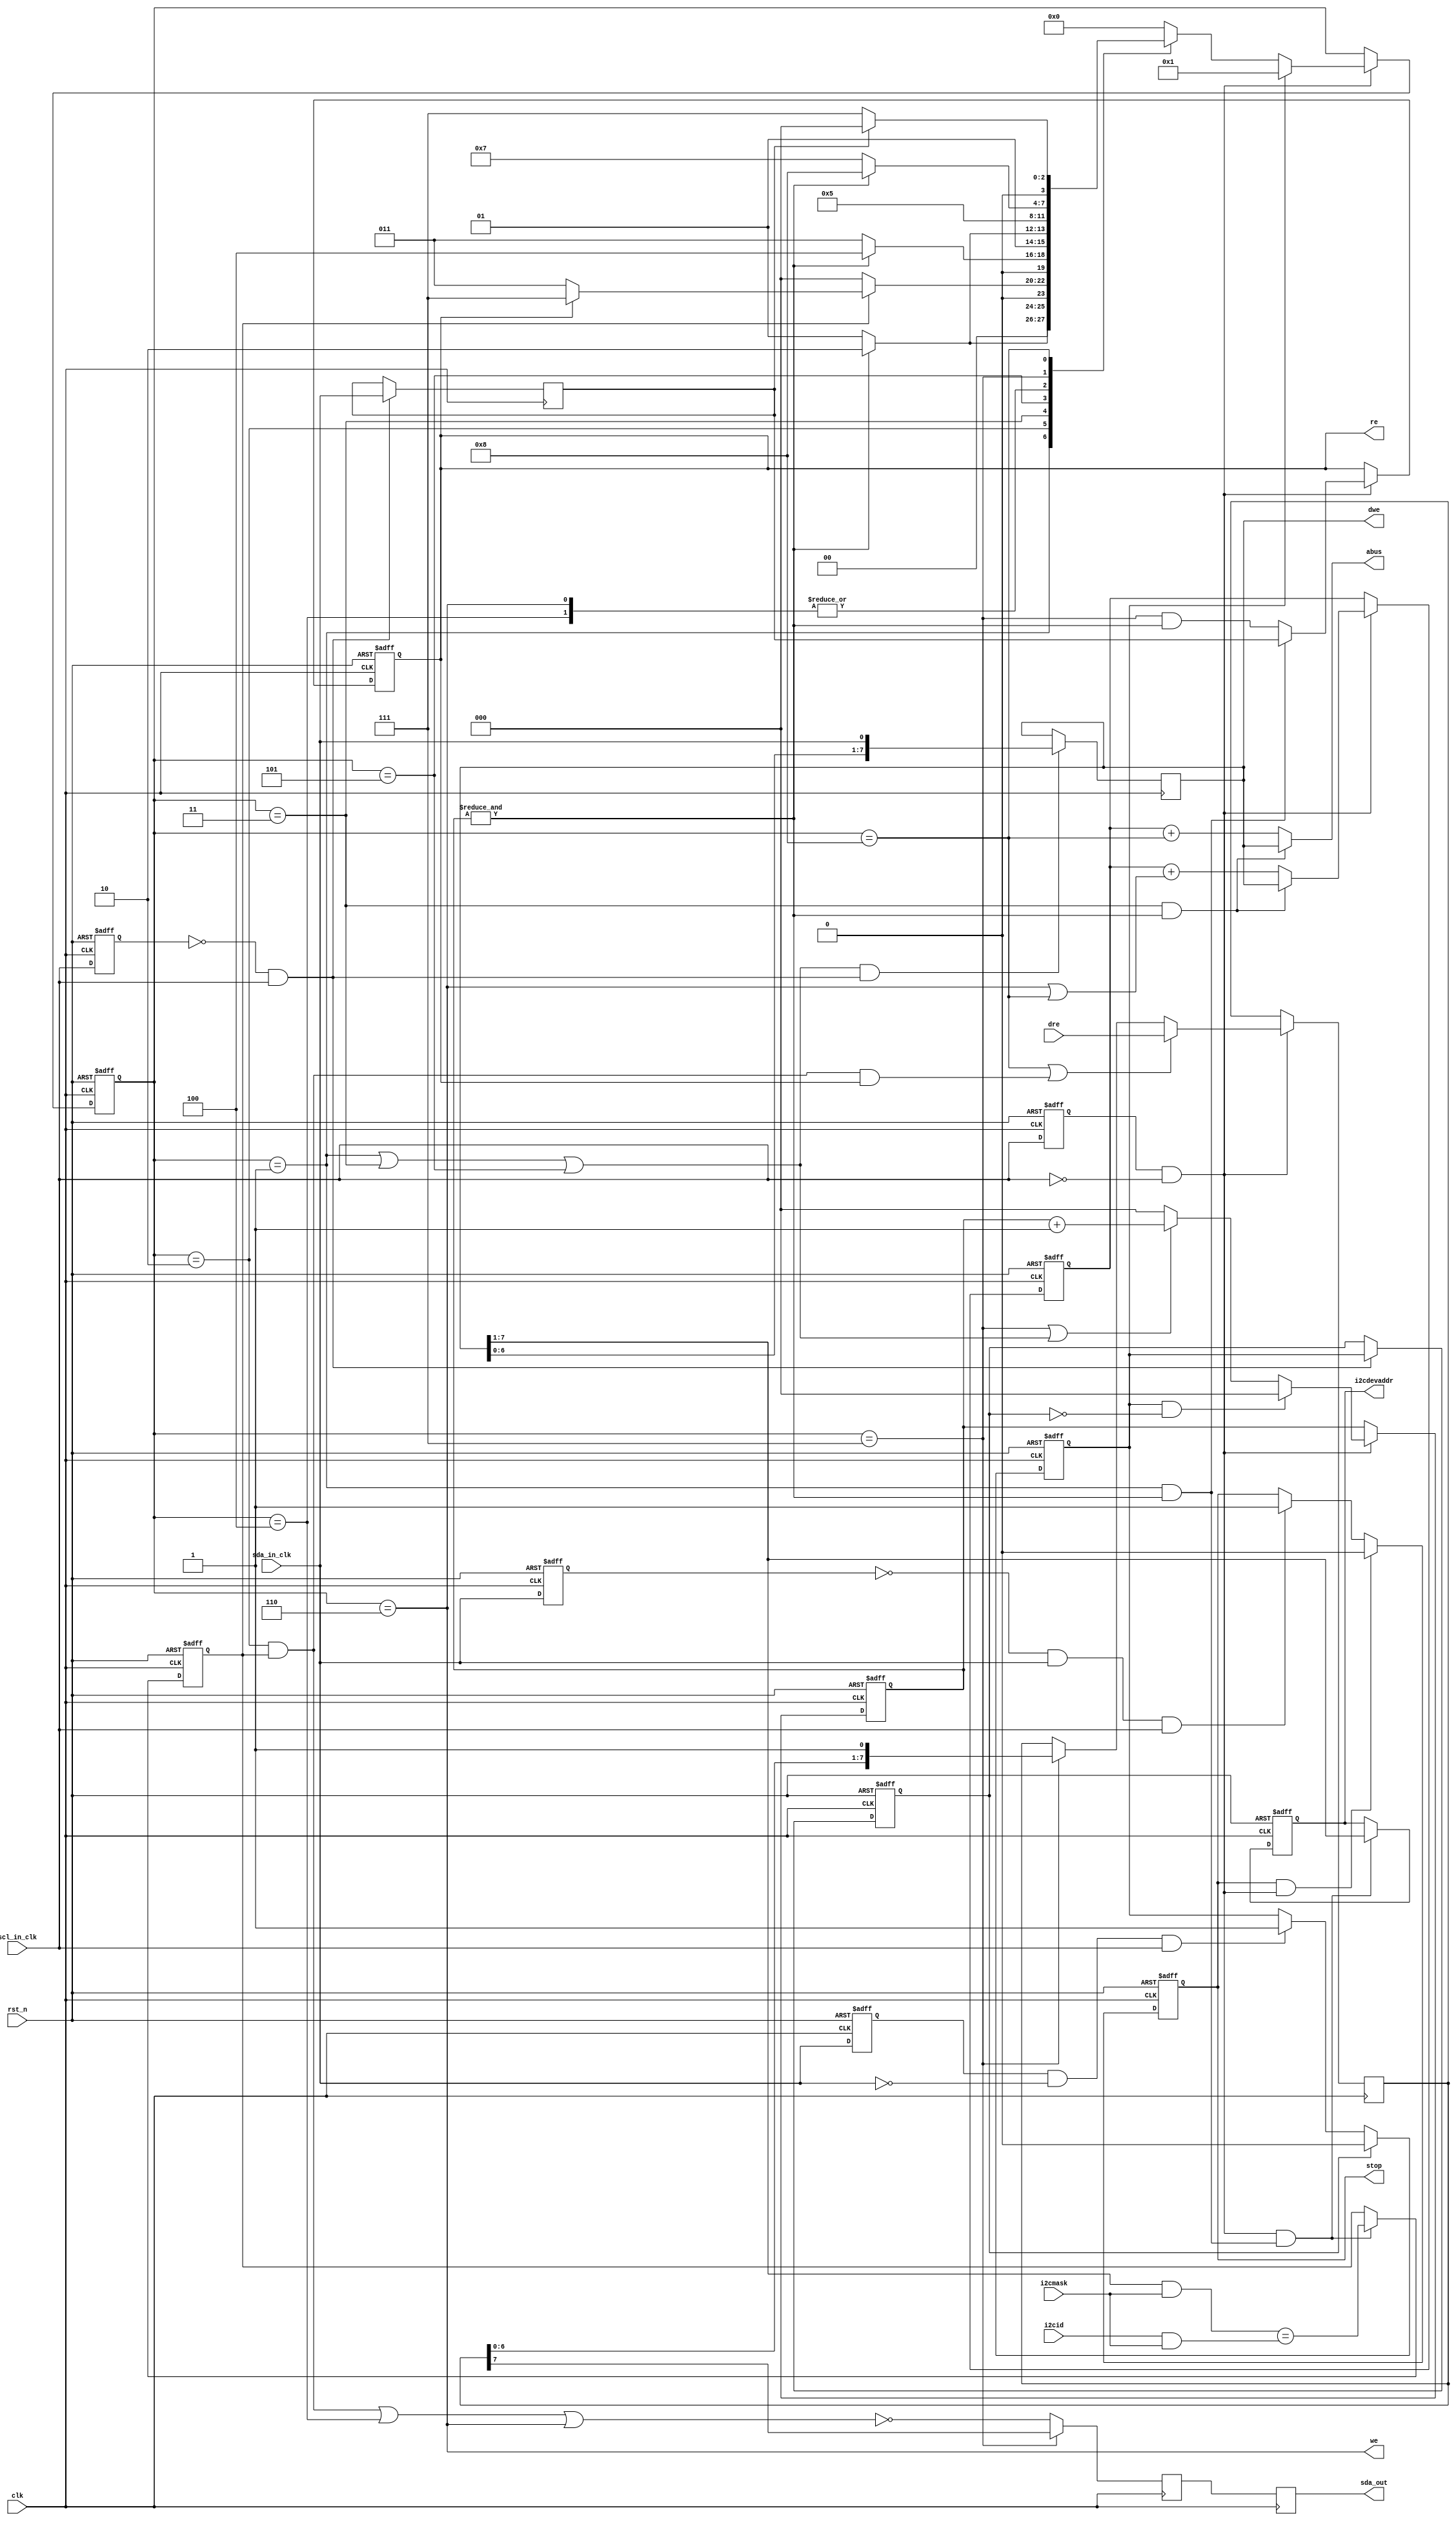
//========================================================================
// Project : Superman (InstaView - Fast Switching)
//                                                                        
// Document: DDC slave FSM to access HDCP registers
//           Slave address is fixed to 0x74 per HDCP spec
// Language: Verilog                                                      
//========================================================================
// History :                                                              
//
// Mar. 12, 2008 - Started from the one used in MIPI emulation
//                 Below is the history
//------------------------------------------------------------------------
// July  1, 2005 - FPGA emulation discovered one bug in the consecutive read/
//                 write of I2C registers. Simulation verifed one bug in abus 
//                 update part.
//                 Original: assign abus = sldaddrl ? rsr : addr;
//                 Fixed   : assign abus = sldaddrl ? rsr : addr + (sst == STACKD);
// June  2, 2005 - Started from the si2c_fsm.v designed for the sTx(Digimon)
//                 project. Below is the history of the original design.
//------------------------------------------------------------------------
// Feb. 25, 2003 - Started from the i2c_slave.v used for 1162.             
//========================================================================
// Note    :
//========================================================================

`timescale 1 ns / 100 ps
 
module lsc_i2cs_fsm(
    clk,        // input
    rst_n,      // input
    sda_in_clk, // input
    scl_in_clk, // input
    i2cid,      // input (7)
    i2cmask,    // input (7)
    i2cdevaddr, // output (7)
    dre,        // input  ( 8)
    sda_out  /* synthesis syn_useioff = 0 */ ,    // output
    we,         // output
    re,         // output
    stop,       // output
    dwe,        // output ( 8)
    abus        // output ( 8)
);
    //========================================================================
    // Ports
    //========================================================================
    input          clk;        // Oscillator clock
    input          rst_n;      // Gloabl reset synchronized to ock
    input          sda_in_clk; // SDA from a master synchronized to ock(clk)
    input          scl_in_clk; // SCL from a master synchronized to ock(clk)
    input  [6 : 0] i2cid;
    input  [6 : 0] i2cmask;
    output [6 : 0] i2cdevaddr;
    input  [7 : 0] dre;        // Data bus from RF
    output         sda_out;    // SDA to a master. This should be 1 when not driving.
    output         we;         // Write strobe to RF
    output         re;         // Read  strobe to RF
    output         stop;       // stop
    output [7 : 0] dwe;        // Data bus to RF
    output [7 : 0] abus;       // Addr bus to RF

    //========================================================================
    // Internal signals
    //========================================================================
    reg          sda_out   /* synthesis syn_useioff = 0 */ ;
    reg  [6 : 0] i2cdevaddr;
    reg          sda_in_nd, sda_in_pd;
    reg          bitclk_nd, bitclk_pd;
    wire         ne_sda_in, pe_sda_in;
    wire         ne_bitclk, pe_bitclk;
    reg  [2 : 0] bitcnt;
    wire         stxing, srxing;
    reg          start_s, stop_s;
    reg          start_sd;
    wire         cnt8;
    reg  [3 : 0] sst, nsst;
    wire         checkaddr, sldaddrl, ssda_en;
    wire         srd_reg, we;
    reg          addrmatch;
    reg          re;
    reg  [7 : 0] addr;
    reg          sda_out_pd;
    reg  [7 : 0] tsr;
    reg          sda_in_d;
    wire         re_en;
    wire         reload;
    wire         scl_in_clk, sda_in_clk;
    reg  [7 : 0] rsr;
    wire         inc;

    //========================================================================
    // Parameters
    //========================================================================
    parameter CHIPID = 4'b0111; // MS 4 bits of device address (0x7.)

    // FSM states
    //
    parameter SIDLE  = 4'b0000,
	      SADR   = 4'b0001, 
	      SACK   = 4'b0010,
	      SOFSL  = 4'b0011,
	      SACKL  = 4'b0100,
	      SRDATA = 4'b0101,
	      SRACKD = 4'b0110, 
	      STDATA = 4'b0111, 
	      STACKD = 4'b1000;

    //========================================================================
    // Slave address
    // - 0x74 (HDCP primary slave address)
    //========================================================================
   // assign i2cid = {CHIPID, 3'b010};

    //========================================================================
    // Edge generation logic                                                  
    //========================================================================
    always @(posedge clk or negedge rst_n)
        if(!rst_n) begin
	    sda_in_nd <= #0.1 1'b0;
	    sda_in_pd <= #0.1 1'b1;
	    bitclk_nd <= #0.1 1'b0;   
	    bitclk_pd <= #0.1 1'b1;
	end else begin
	    sda_in_nd <= #0.1 sda_in_clk;
	    sda_in_pd <= #0.1 sda_in_clk;
	    bitclk_nd <= #0.1 scl_in_clk; 
	    bitclk_pd <= #0.1 scl_in_clk;
	end

    assign ne_sda_in =  sda_in_nd & ~sda_in_clk;
    assign pe_sda_in = ~sda_in_pd &  sda_in_clk;
    assign ne_bitclk =  bitclk_nd & ~scl_in_clk;
    assign pe_bitclk = ~bitclk_pd &  scl_in_clk;

    //========================================================================
    // Bit counter
    //========================================================================
    always @(posedge clk or negedge rst_n)
	if     (!rst_n   ) bitcnt <= #0.1 3'b0;
	else if(ne_bitclk) bitcnt <= #0.1 start_s && !start_sd ? 3'b0          :
	                                  stxing  || srxing    ? bitcnt + 1'b1 : 
					                         3'b0;
    assign cnt8 = &bitcnt;

    //========================================================================
    // Start detection
    //========================================================================
    always @(posedge clk or negedge rst_n)
	if     (!rst_n                 ) start_s <= #0.1 1'b0;
	else if(start_sd               ) start_s <= #0.1 1'b0;
	else if(ne_sda_in && scl_in_clk) start_s <= #0.1 1'b1;

    always @(posedge clk or negedge rst_n)
	if     (!rst_n   ) start_sd <= #0.1 1'b0;
	else if(pe_bitclk) start_sd <= #0.1 start_s;

    //========================================================================
    // Stop detection
    //========================================================================
    always @(posedge clk or negedge rst_n)
	if     (!rst_n                 ) stop_s <= #0.1 1'b0;
	else if(stop_s && ne_bitclk    ) stop_s <= #0.1 1'b0;
	else if(pe_sda_in && scl_in_clk) stop_s <= #0.1 1'b1;
    assign stop = stop_s;

    //========================================================================
    //========================================================================
    // Main FSM
    //========================================================================
    //========================================================================

    //========================================================================
    // State change
    //========================================================================
    always @(posedge clk or negedge rst_n)
	if     (!rst_n   ) sst <= #0.1 SIDLE;
	else if(ne_bitclk) sst <= #0.1 start_s ? SADR : nsst;

    always @(sst or cnt8 or addrmatch or re or sda_in_d)
	case(sst)
        SADR   : nsst = cnt8      ? SACK                  : SADR;
        SACK   : nsst = addrmatch ? (re ? STDATA : SOFSL) : SIDLE;
        SOFSL  : nsst = cnt8      ? SACKL                 : SOFSL;
        SACKL  : nsst = SRDATA;
        SRDATA : nsst = cnt8      ? SRACKD                : SRDATA;
        SRACKD : nsst = SRDATA;
                 // Get next data until being stopped and then
                 // stay here since SCL does not change.     
        STDATA : nsst = cnt8      ? STACKD                : STDATA;
	STACKD : nsst = !sda_in_d ? STDATA                : SIDLE;
		 // Send next data until being stopped or NACK from master.
	default: nsst = SIDLE; // SIDLE case
	endcase

    //========================================================================
    // Output generation                                                      
    //========================================================================
    assign checkaddr = sst == SADR   && cnt8;
    assign sldaddrl  = sst == SOFSL  && cnt8;
    assign stxing    = sst == STDATA;
    assign srxing    = sst == SADR   || sst == SOFSL || sst == SRDATA;
    assign srd_reg   = sst == STACKD;
    assign reload    = sst == SACK   && addrmatch && re;
    assign re_en     = sst == STDATA && cnt8;
    assign we        = sst == SRACKD;
    assign ssda_en   = ~(sst == SACK && addrmatch || sst == SACKL || sst == SRACKD);

    //========================================================================
    // Incoming I2C data                                                      
    //========================================================================
    always @(posedge clk)
	if(srxing && pe_bitclk) rsr <= #0.1 {rsr[6 : 0], sda_in_clk};

    //========================================================================
    // SDA latch @ posedge                                                    
    //========================================================================
    always @(posedge clk)
	if(pe_bitclk) sda_in_d <= #0.1 sda_in_clk;

    //========================================================================
    // re: 1 - red, 0 - write
    //========================================================================
    always @(posedge clk or negedge rst_n)
	if     (!rst_n   ) re <= #0.1 1'b0;
	else if(ne_bitclk) re <= #0.1 checkaddr ? sda_in_d : re_en;
           
    //========================================================================
    // Addrmatch computation 
    //========================================================================
    always @(posedge clk or negedge rst_n)
	if     (!rst_n                ) addrmatch <= #0.1 1'b0;
	else if(ne_bitclk && checkaddr) addrmatch <= #0.1 (rsr[7 : 1] & i2cmask) == (i2cid & i2cmask);

    always @(posedge clk or negedge rst_n)
	if     (!rst_n                ) i2cdevaddr <= 7'b0;
	else if(ne_bitclk && checkaddr) i2cdevaddr <= rsr[7 : 1];

    //========================================================================
    // Addr bus and data bus
    //========================================================================
    assign inc = sst == SRACKD || sst == STACKD;

    always @(posedge clk or negedge rst_n)
	if     (!rst_n             ) addr <= #0.1 8'h00;
        else if(ne_bitclk          ) addr <= #0.1 sldaddrl ? rsr : addr + inc;

    assign abus = sldaddrl ? rsr : addr + (sst == STACKD);
    assign dwe  = rsr;

    //========================================================================
    // Tx
    //========================================================================
    always @(posedge clk)
        if(ne_bitclk) begin
	    if     (srd_reg | reload) tsr <= #0.1 dre;
	    else if(stxing          ) tsr <= #0.1 {tsr[6 : 0], 1'b1};
	end
   
    // To give enough hold time
    //
    always @(posedge clk) begin
	sda_out_pd <= #0.1 stxing ? tsr[7] : ssda_en;
	sda_out    <= #0.1 sda_out_pd;
    end

endmodule